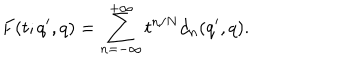
F ( t ; q ^ { \prime } , q ) = \sum _ { n = - \infty } ^ { + \infty } t ^ { n / N } d _ { n } ( q ^ { \prime } , q ) .